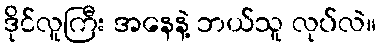
ဒိုင်လူကြီး အနေနဲ့ ဘယ်သူ လုပ်လဲ။